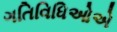
ગતિવિધિઓએ